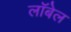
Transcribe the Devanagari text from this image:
लॉबेल